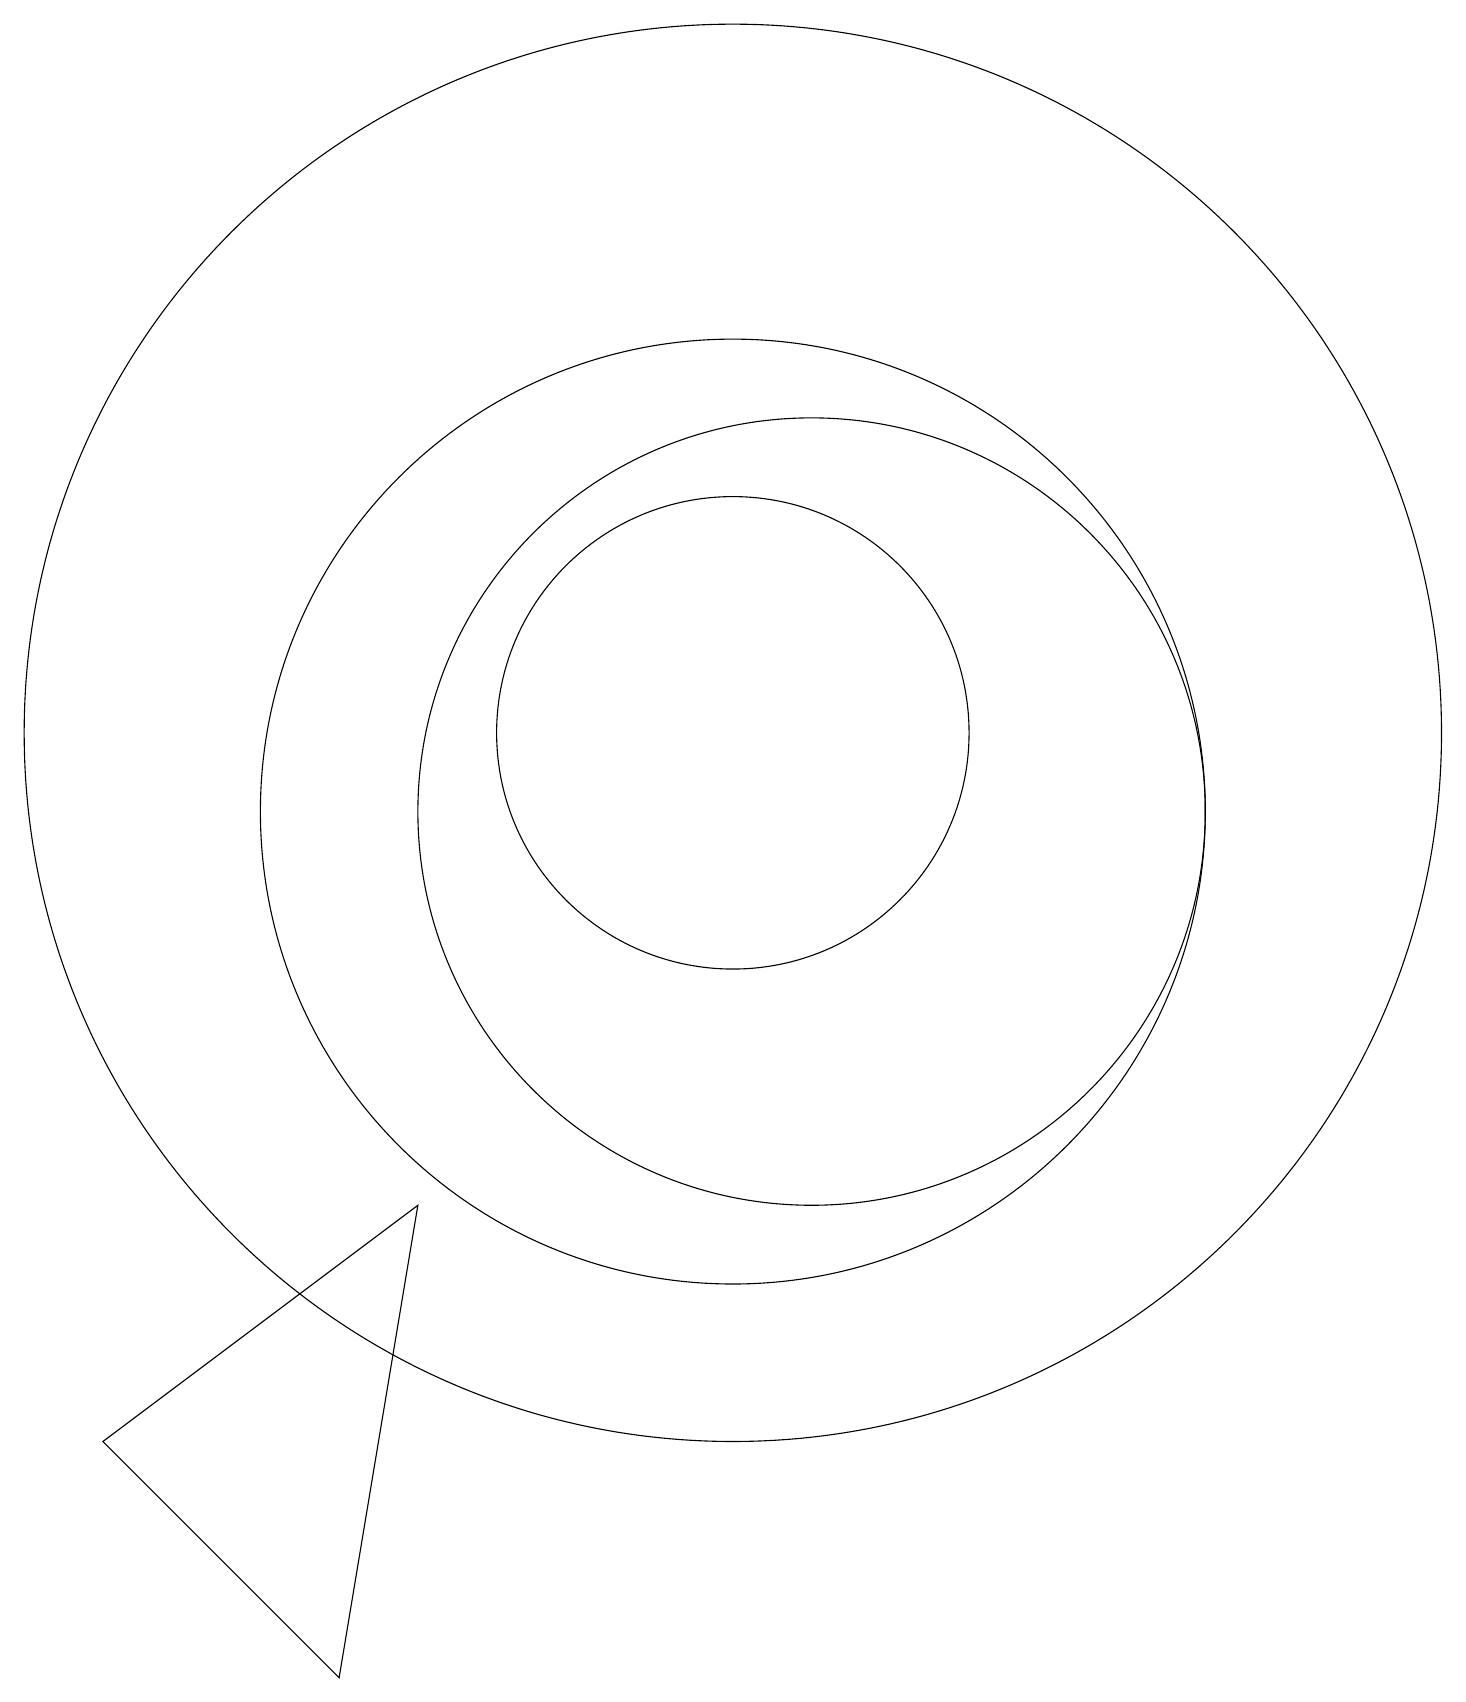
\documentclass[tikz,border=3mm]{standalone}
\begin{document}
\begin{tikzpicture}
\draw (10,11) circle (6);
\draw (6,6) -- (2,3) -- (5,0) -- cycle;
\draw (10,12) circle (3);
\draw (10,12) circle (9);
\draw (11,11) circle (5);
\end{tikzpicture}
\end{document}